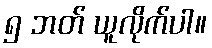
၅ ဘတ် ယူလိုက်ပါ။